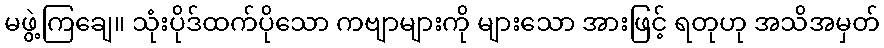
မဖွဲ့ကြချေ။ သုံးပိုဒ်ထက်ပိုသော ကဗျာများကို များသော အားဖြင့် ရတုဟု အသိအမှတ်